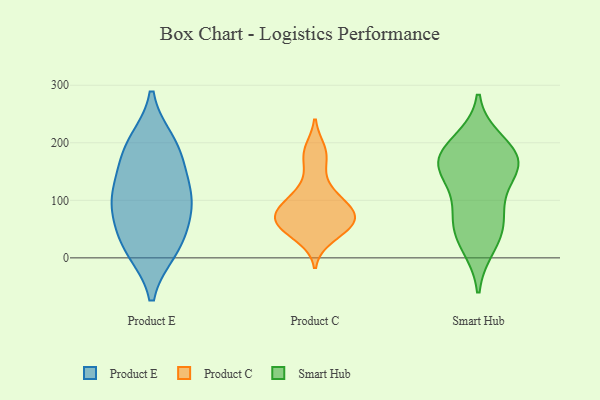
{"axis": {"x": "Net Income (USD K)", "y": "Value"}, "legend": ["Product C", "Product E", "Smart Hub"], "data": [{"x": "", "y": 115, "type": "Product E"}, {"x": "", "y": 171, "type": "Product E"}, {"x": "", "y": 16, "type": "Product E"}, {"x": "", "y": 18, "type": "Product E"}, {"x": "", "y": 190, "type": "Product E"}, {"x": "", "y": 90, "type": "Product E"}, {"x": "", "y": 93, "type": "Product E"}, {"x": "", "y": 39, "type": "Product E"}, {"x": "", "y": 110, "type": "Product E"}, {"x": "", "y": 199, "type": "Product E"}, {"x": "", "y": 57, "type": "Product C"}, {"x": "", "y": 35, "type": "Product C"}, {"x": "", "y": 64, "type": "Product C"}, {"x": "", "y": 57, "type": "Product C"}, {"x": "", "y": 58, "type": "Product C"}, {"x": "", "y": 127, "type": "Product C"}, {"x": "", "y": 188, "type": "Product C"}, {"x": "", "y": 85, "type": "Product C"}, {"x": "", "y": 98, "type": "Product C"}, {"x": "", "y": 173, "type": "Product C"}, {"x": "", "y": 93, "type": "Product C"}, {"x": "", "y": 76, "type": "Product C"}, {"x": "", "y": 146, "type": "Smart Hub"}, {"x": "", "y": 166, "type": "Smart Hub"}, {"x": "", "y": 168, "type": "Smart Hub"}, {"x": "", "y": 89, "type": "Smart Hub"}, {"x": "", "y": 169, "type": "Smart Hub"}, {"x": "", "y": 23, "type": "Smart Hub"}, {"x": "", "y": 62, "type": "Smart Hub"}, {"x": "", "y": 200, "type": "Smart Hub"}, {"x": "", "y": 48, "type": "Smart Hub"}, {"x": "", "y": 169, "type": "Smart Hub"}]}